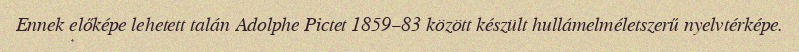
Ennek előképe lehetett talán Adolphe Pictet 1859–83 között készült hullámelméletszerű nyelvtérképe.